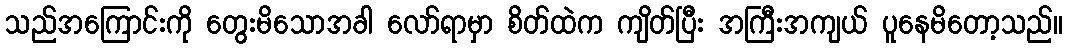
သည်အကြောင်းကို တွေးမိသောအခါ လော်ရာမှာ စိတ်ထဲက ကျိတ်ပြီး အကြီးအကျယ် ပူနေမိတော့သည်။